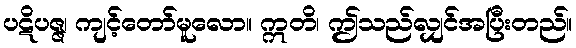
ပဋိပဇ္ဇ၊ ကျင့်တော်မူလော။ ဣတိ၊ ဤသည်လျှင်အပြီးတည်။